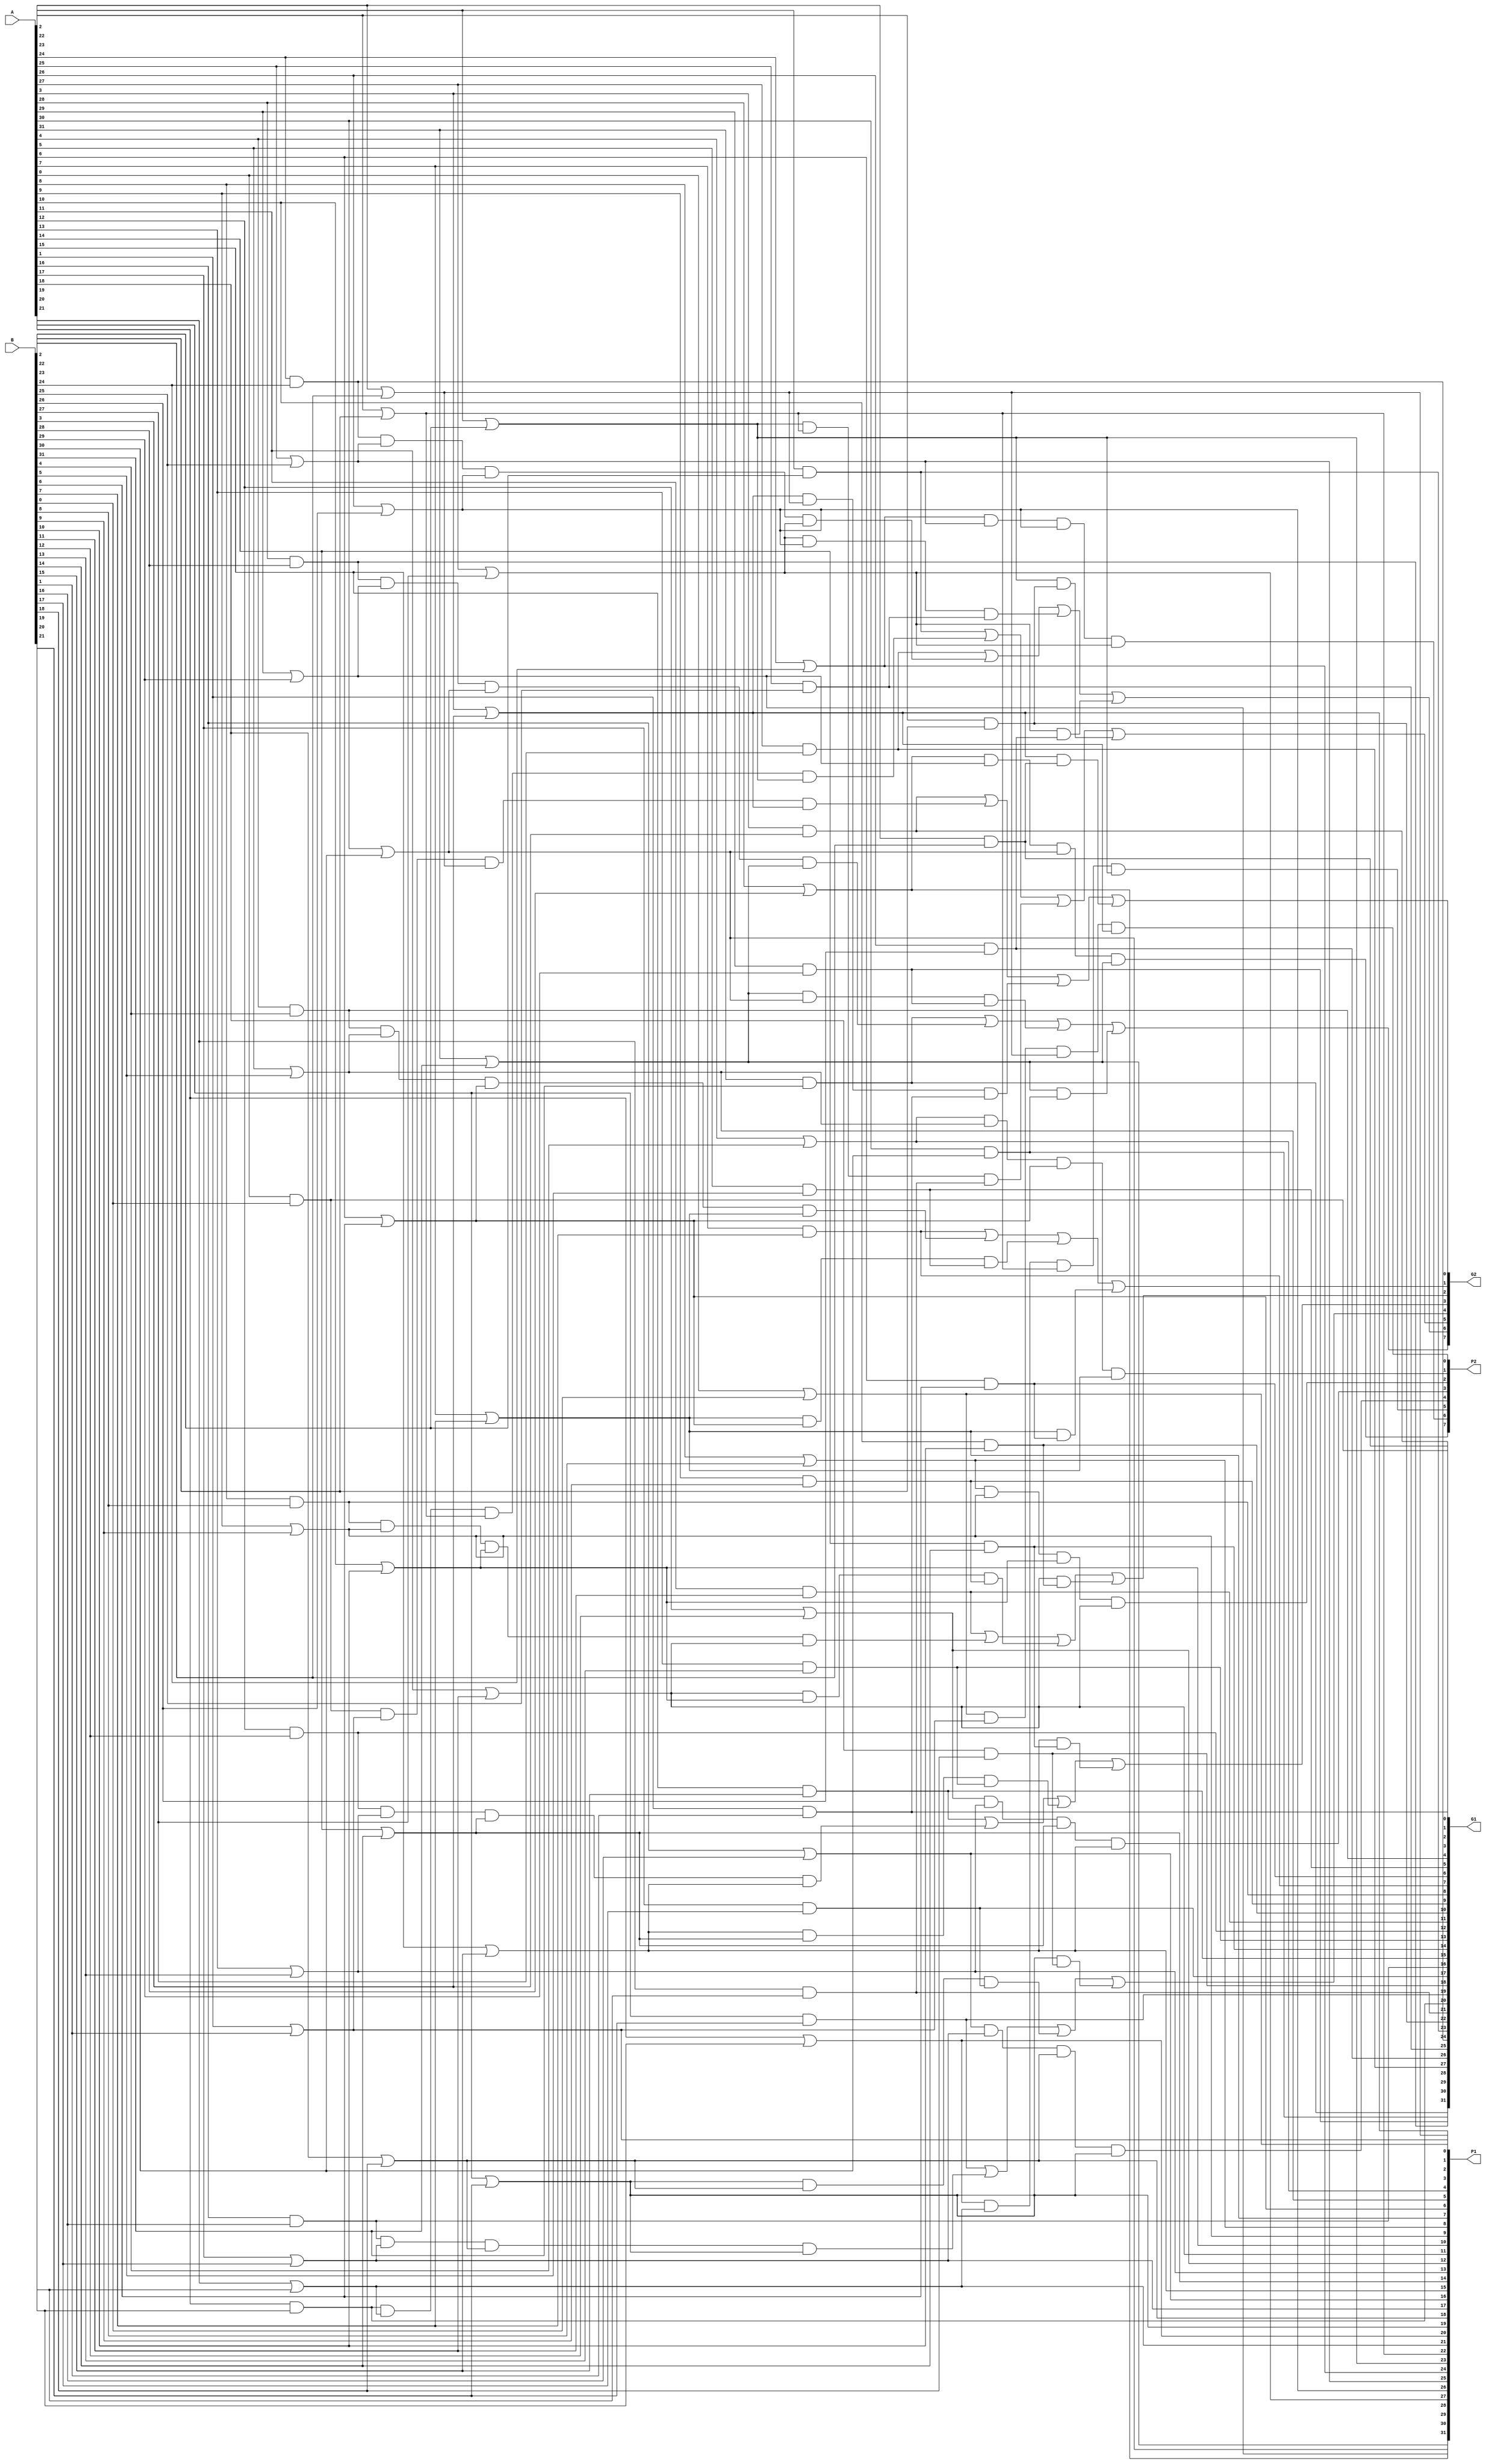
module design_p_and_g (output [31:0] G1, P1, output [7:0] G2, P2, input [31:0] A, B);
	wire x0,x1,x2,x3,x4,x5,x6,x7,x8,x9,x10,x11,x12,x13,x14,x15,x16,x17,x18,x19,x20,x21,x22,x23;

	and and1(G1[0], A[0], B[0]);
	or or1(P1[0], A[0], B[0]);

	and and2(G1[1], A[1], B[1]);
	or or2(P1[1], A[1], B[1]);

	and and3(G1[2], A[2], B[2]);
	or or3(P1[2], A[2], B[2]);

	and and4(G1[3], A[3], B[3]);
	or or4(P1[3], A[3], B[3]);

	// G3:0 = g3 + p3g2 + p3p2g1 + p3p2p1g0
	// P3:0 = p3p2p1p0
	and and33(x0, G1[0], P1[1], P1[2], P1[3]); 
	and and34(x1, P1[3], P1[2], G1[1]);
	and and35(x2, P1[3], G1[2]);
	or or33(G2[0], G1[3], x0, x1, x2); //G3:0
	and and36(P2[0], P1[0], P1[1], P1[2], P1[3]); //P3:0

	and and5(G1[4], A[4], B[4]);
	or or5(P1[4], A[4], B[4]);

	and and6(G1[5], A[5], B[5]);
	or or6(P1[5], A[5], B[5]);

	and and7(G1[6], A[6], B[6]);
	or or7(P1[6], A[6], B[6]);

	and and8(G1[7], A[7], B[7]);
	or or8(P1[7], A[7], B[7]);

	and and37(x3, G1[4], P1[5], P1[6], P1[7]); 
	and and38(x4, P1[7], P1[6], G1[5]);
	and and39(x5, P1[7], G1[6]);
	or or34(G2[1], G1[7], x3, x4, x5); //G7:4
	and and40(P2[1], P1[4], P1[5], P1[6], P1[7]); //P7:4

	and and9(G1[8], A[8], B[8]);
	or or9(P1[8], A[8], B[8]);

	and and10(G1[9], A[9], B[9]);
	or or10(P1[9], A[9], B[9]);

	and and11(G1[10], A[10], B[10]);
	or or11(P1[10], A[10], B[10]);

	and and12(G1[11], A[11], B[11]);
	or or12(P1[11], A[11], B[11]);

	and and41(x6, G1[8], P1[9], P1[10], P1[11]); 
	and and42(x7, P1[11], P1[10], G1[9]);
	and and43(x8, P1[11], G1[10]);
	or or35(G2[2], G1[11], x6, x7, x8); //G11:8
	and and44(P2[2], P1[8], P1[9], P1[10], P1[11]); //P11:8

	and and13(G1[12], A[12], B[12]);
	or or13(P1[12], A[12], B[12]);

	and and14(G1[13], A[13], B[13]);
	or or14(P1[13], A[13], B[13]);

	and and15(G1[14], A[14], B[14]);
	or or15(P1[14], A[14], B[14]);

	and and16(G1[15], A[15], B[15]);
	or or16(P1[15], A[15], B[15]);

	and and45(x9, G1[12], P1[13], P1[14], P1[15]); 
	and and46(x10, P1[15], P1[14], G1[13]);
	and and47(x11, P1[15], G1[14]);
	or or36(G2[3], G1[15], x9, x10, x11); //G15:12
	and and48(P2[3], P1[12], P1[13], P1[14], P1[15]); //P15:12

	and and17(G1[16], A[16], B[16]);
	or or17(P1[16], A[16], B[16]);

	and and18(G1[17], A[17], B[17]);
	or or18(P1[17], A[17], B[17]);

	and and19(G1[18], A[18], B[18]);
	or or19(P1[18], A[18], B[18]);

	and and20(G1[19], A[19], B[19]);
	or or20(P1[19], A[19], B[19]);

	and and49(x12, G1[16], P1[17], P1[18], P1[19]); 
	and and50(x13, P1[19], P1[18], G1[17]);
	and and51(x14, P1[19], G1[18]);
	or or37(G2[4], G1[19], x12, x13, x14); //G19:16
	and and52(P2[4], P1[16], P1[17], P1[18], P1[19]); //P19:16

	and and21(G1[20], A[20], B[20]);
	or or21(P1[20], A[20], B[20]);

	and and22(G1[21], A[21], B[21]);
	or or22(P1[21], A[21], B[21]);

	and and23(G1[22], A[22], B[22]);
	or or23(P1[22], A[22], B[22]);

	and and24(G1[23], A[23], B[23]);
	or or24(P1[23], A[23], B[23]);

	and and53(x15, G1[20], P1[21], P1[22], P1[23]); 
	and and54(x16, P1[23], P1[22], G1[21]);
	and and55(x17, P1[23], G1[22]);
	or or38(G2[5], G1[23], x15, x16, x17); //G23:20
	and and56(P2[5], P1[20], P1[21], P1[22], P1[23]); //P23:20

	and and25(G1[24], A[24], B[24]);
	or or25(P1[24], A[24], B[24]);

	and and26(G1[25], A[25], B[25]);
	or or26(P1[25], A[25], B[25]);

	and and27(G1[26], A[26], B[26]);
	or or27(P1[26], A[26], B[26]);

	and and28(G1[27], A[27], B[27]);
	or or28(P1[27], A[27], B[27]);

	and and57(x18, G1[24], P1[25], P1[26], P1[27]); 
	and and58(x19, P1[27], P1[26], G1[25]);
	and and59(x20, P1[27], G1[26]);
	or or39(G2[6], G1[27], x18, x19, x20); //G27:24
	and and60(P2[6], P1[24], P1[25], P1[26], P1[27]); //P27:24

	and and29(G1[28], A[28], B[28]);
	or or29(P1[28], A[28], B[28]);

	and and30(G1[29], A[29], B[29]);
	or or30(P1[29], A[29], B[29]);

	and and31(G1[30], A[30], B[30]);
	or or31(P1[30], A[30], B[30]);

	and and32(G1[31], A[31], B[31]);
	or or32(P1[31], A[31], B[31]);

	and and61(x21, G1[28], P1[29], P1[30], P1[31]); 
	and and62(x22, P1[31], P1[30], G1[29]);
	and and63(x23, P1[31], G1[30]);
	or or40(G2[7], G1[31], x21, x22, x23); //G31:28
	and and64(P2[7], P1[28], P1[29], P1[30], P1[31]); //P31:28

 

endmodule